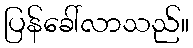
ပြန်ခေါ်လာသည်။